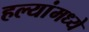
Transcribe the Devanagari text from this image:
हल्यांमध्ये